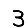
Digit: 3